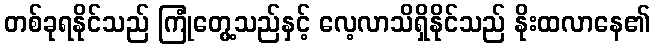
တစ်ခုရနိုင်သည် ကြုံတွေ့သည်နှင့် လေ့လာသိရှိနိုင်သည် နိုးထလာနေ၏